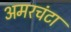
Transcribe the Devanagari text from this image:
अमरचंटा